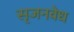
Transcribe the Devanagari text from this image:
सृजनवेध